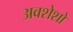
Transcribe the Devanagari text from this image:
अवशेशो